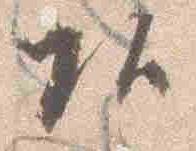
頭